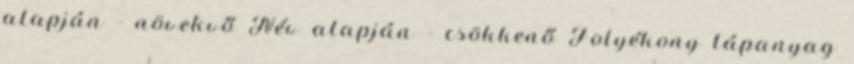
alapján - növekvő Név alapján - csökkenő Folyékony tápanyag